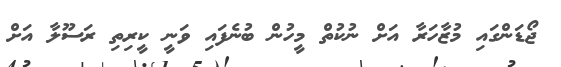
ޖޯޑަންގައި މުޒާހަރާ އަށް ނުކުތް މީހުން ބުނެފައި ވަނީ ކީރިތި ރަސޫލާ އަށް